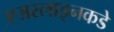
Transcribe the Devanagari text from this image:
एअरलाइनकडे